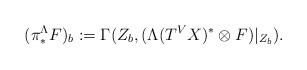
LaTeX: \begin{align*}(\pi^\Lambda_*F)_b:=\Gamma(Z_b, (\Lambda(T^VX)^*\otimes F)|_{Z_b}).\end{align*}